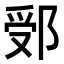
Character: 𨛶